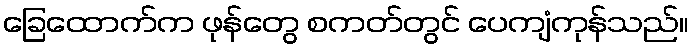
ခြေထောက်က ဖုန်တွေ စကတ်တွင် ပေကျံကုန်သည်။